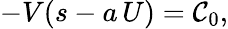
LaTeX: -V(s-a\, U)=\mathcal{C}_{0},